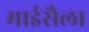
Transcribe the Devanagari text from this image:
माईसैला